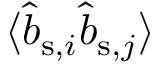
\langle \hat { b } _ { \mathrm { s } , i } \hat { b } _ { \mathrm { s } , j } \rangle